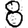
Digit: 8